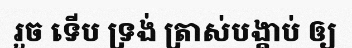
រួច ទើប ទ្រង់ ត្រាស់បង្គាប់ ឲ្យ